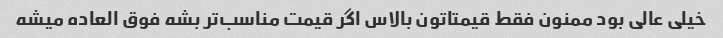
خیلی عالی بود ممنون فقط قیمتاتون بالاس اگر قیمت مناسب‌تر بشه فوق العاده میشه